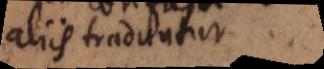
aliis traduntur.